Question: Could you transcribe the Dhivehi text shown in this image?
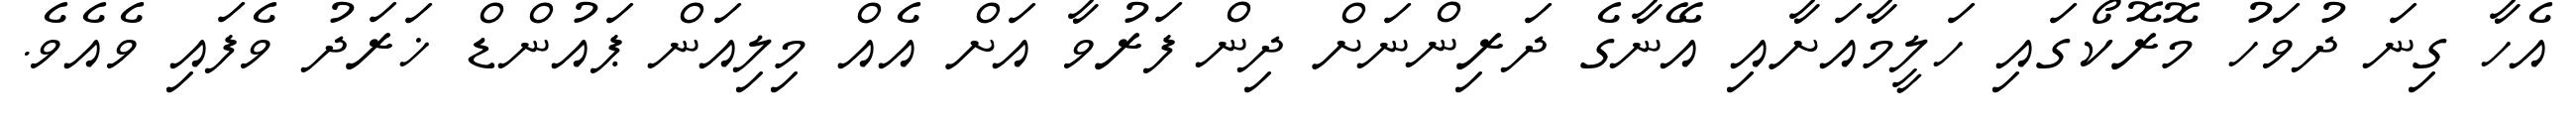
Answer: އެހާ ގިނަ ދުވަހު މޮރޮކޯގައި ހަލީމާއަށާއި އޭނާގެ ދަރިންނަށް ދިން ފަރުވާ އަށް އެއް މިލިއަން ޕައުންޑް ޚަރަދު ވެފައި ވެއެވެ.